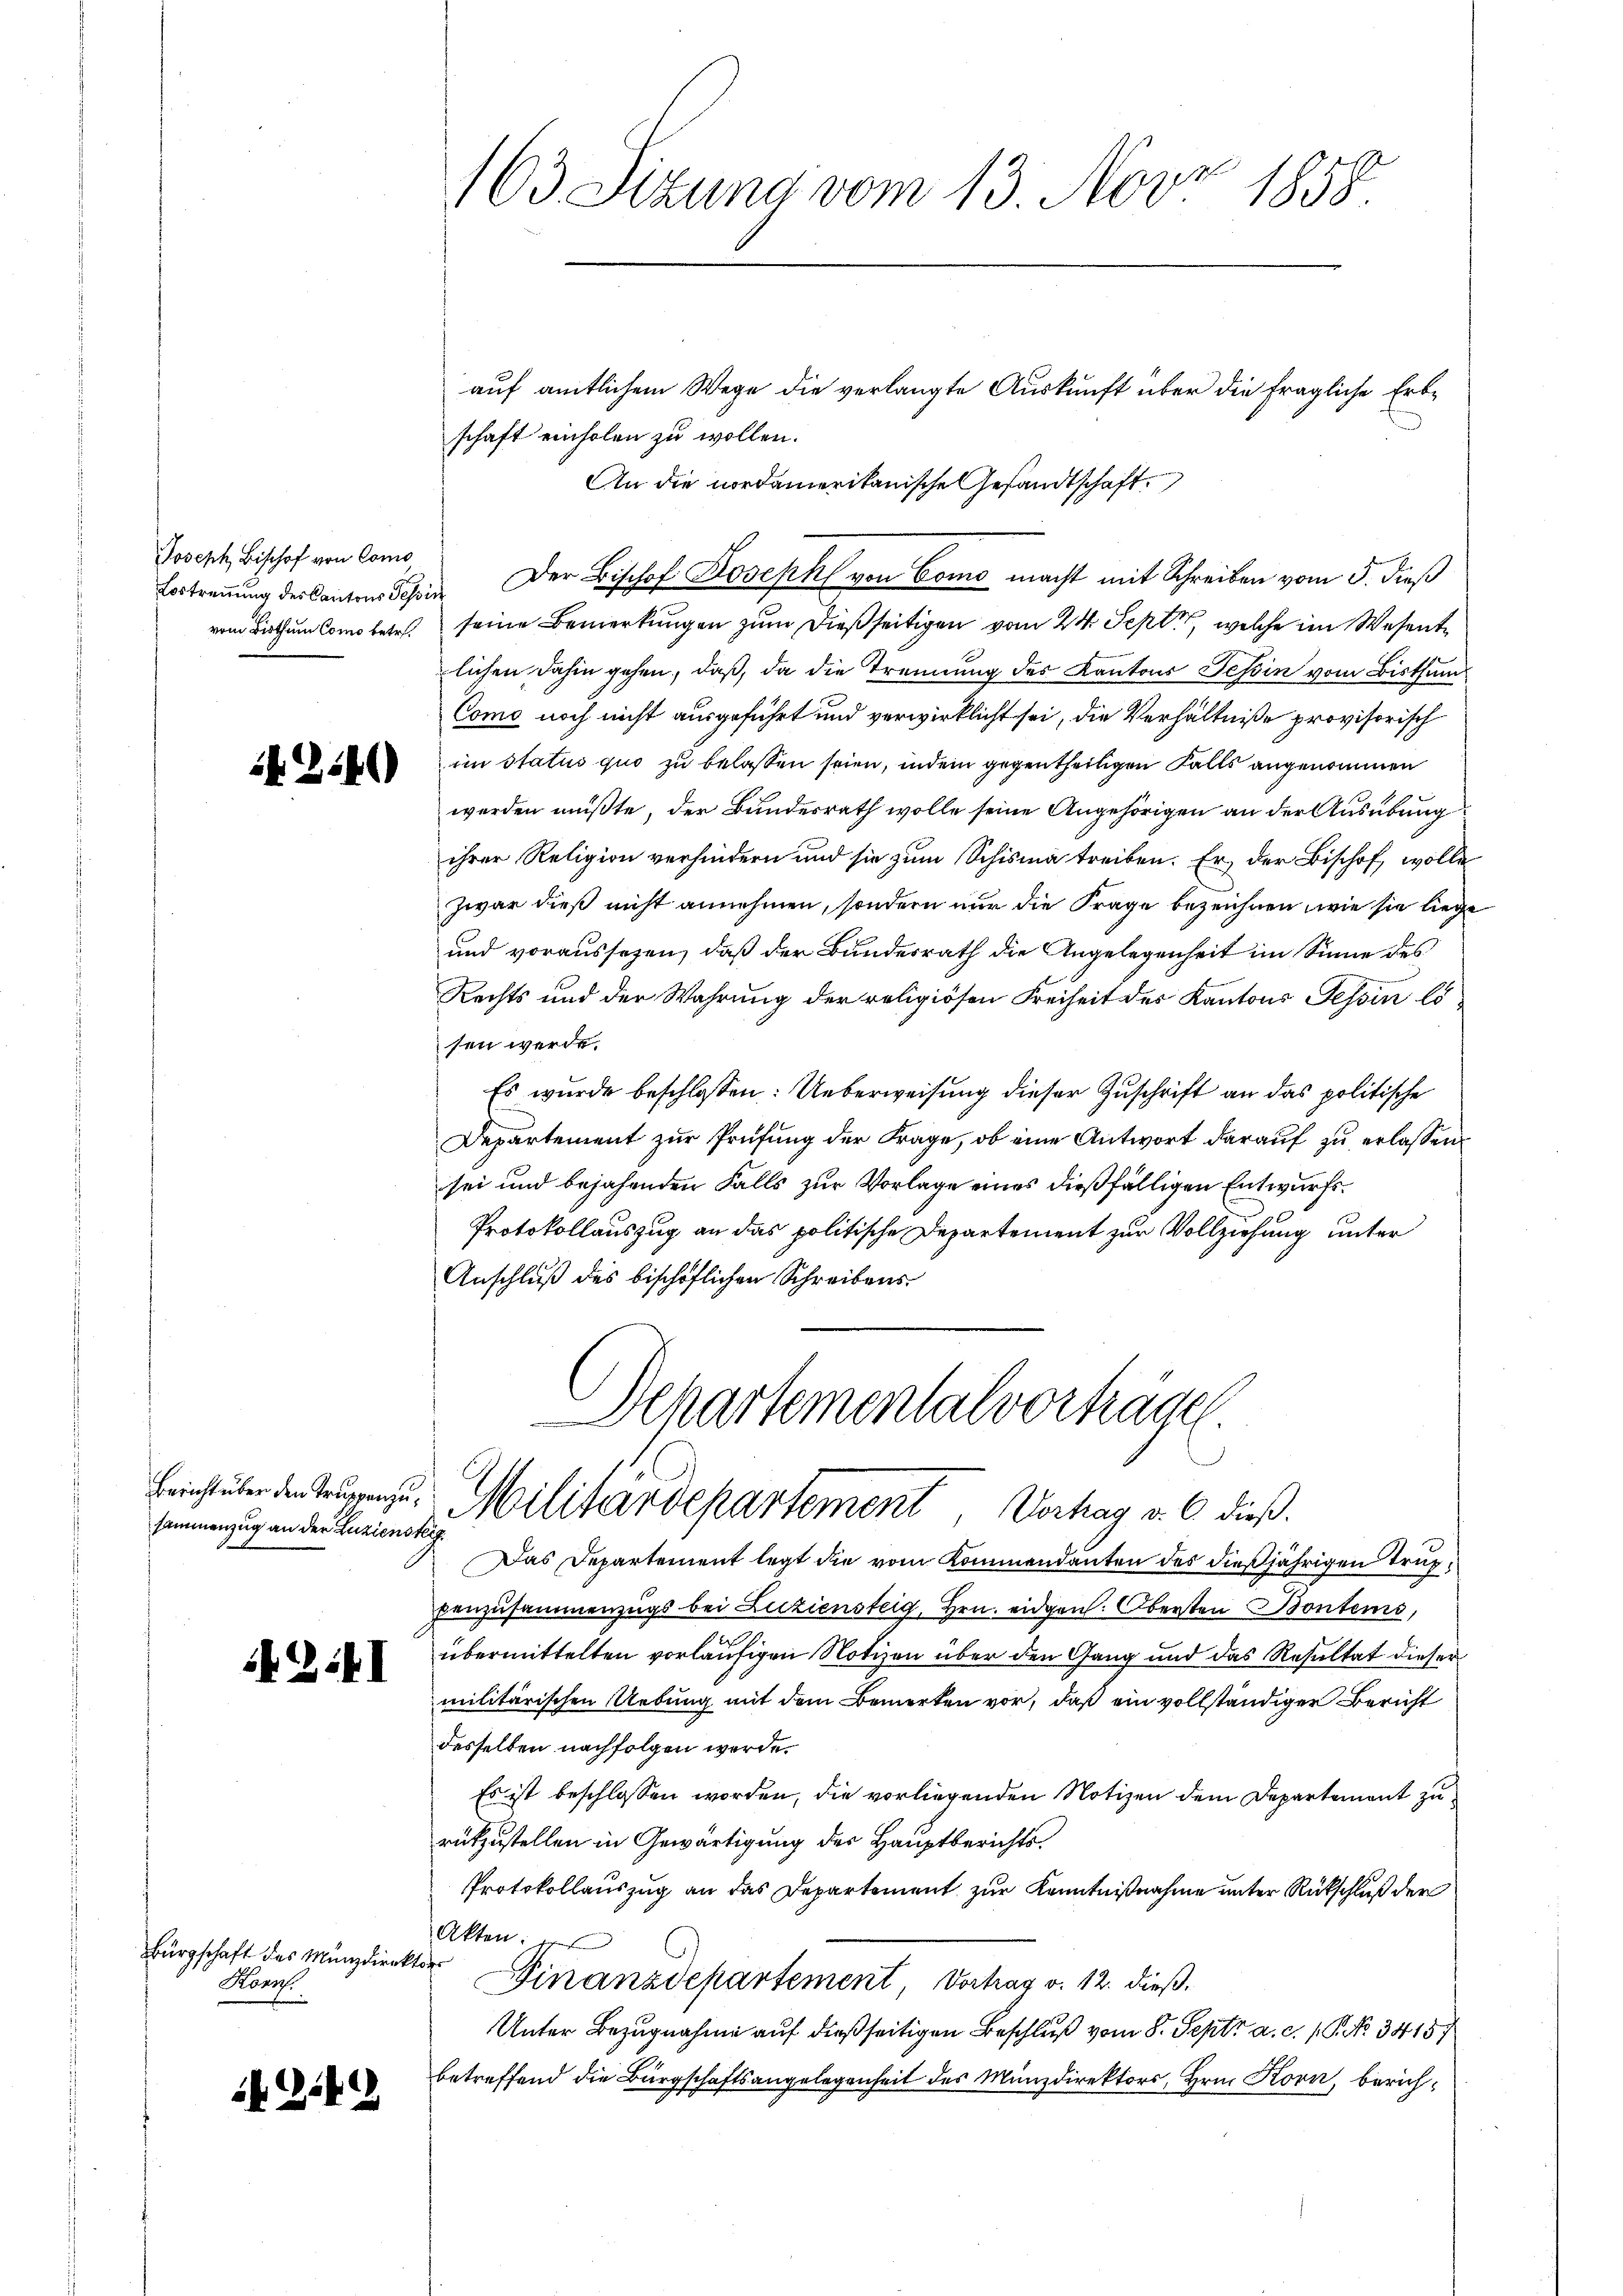
Joseph Bischof von Como

2146)

sammenzug an der Zuziensteig.

14 Z II

Bürgschaft des Münzdirektor
Konpf.

214

163 Sizung vom 13. Novz 1858.

auf amtlichem Wege die verlangte Auskunft über die fragliche Erbschaft einholen zu wollen.
Vortrennung des Kantons Schir Der Bischof Joseph von Como macht mit Schreiben vom 5. dieß
vom Bisthum Como betr. seine Bemerkungen zum dießseitigen vom 24. Sept., welche im Wesentlichen dahin gehen, daß, da die Trennung des Kantons Tessin vom Bisthum
Como noch nicht ausgeführt und verwirklicht sei, die Verhältniße provisorisch
im status quo zu belassen seien, indem gegentheiligen Falls angenommen
werden mußte, der Bundesrath wolle seine Angehörigen an der Ausübung
ihrer Religion verhindern und sie zum Schisma treiben. Er, der Bischof, wolle
zwar dieß nicht annehmen, sondern nur die Frage bezeichnen, wie sie liege
und voraussehen, daß der Bundesrath die Angelegenheit im Sinne des
Rechts und der Wahrung der religiösen Freiheit des Kantons Tessin lo
sen werde.
Es wurde beschlossen: Ueberweisung dieser Zuschrift an das politische
Departement zur Prüfung der Frage, ob eine Antwort darauf zu erlassen
sei und bejahenden Falls zur Vorlage eines dießfälligen Entwurfs¬
Protokollauszug an das politische Departement zur Vollziehung unter
Anschluß des bischöflichen Schreibens

An die nordamerikanische Gesandtschaft

Schartemental vorträge
 Militärdepartement, Verhag v. 6. dieß.

Das Departement legt die vom Kommendanten des dießjährigen Truppenzusammenzugs bei Liziensteig, Hrn. eidgen: Obersten Bontems,
f
übermittelten vorläufigen Notizen über den Gang und das Resultat dieser
militärischen Uebung mit dem Bemerken vor, daß ein vollständiger Bericht
desselben nachfolgen werde.
Es ist beschlossen worden, die vorliegenden Notizen dem Departement zu
rükzustellen in Gewärtigung des Hauptberichts¬
Protokollauszug an das Departement zur Kenntnißnahme unter Rückschluß der
Akten: der
Finanzdepartement Vortrag v. 12. dieß.
Unter Bezugnahme auf dießseitigen Beschluß vom 8. Sept. a. c. 1. P. No. 3415/
betreffend die Bürgschaftsangelegenheit des Münzdirektors, Hrn. Korn, berich¬